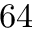
6 4